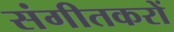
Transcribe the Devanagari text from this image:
संगीतकरों